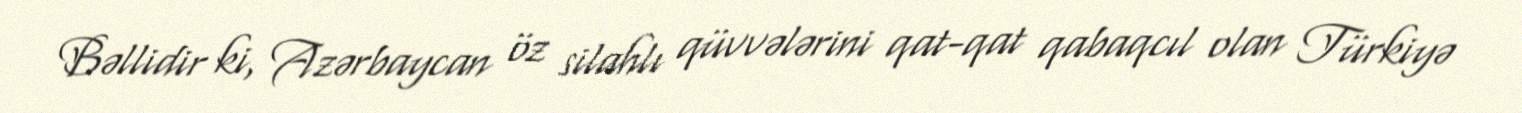
Bəllidir ki, Azərbaycan öz silahlı qüvvələrini qat-qat qabaqcıl olan Türkiyə